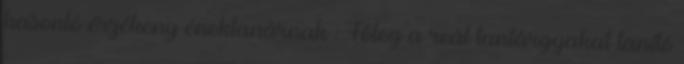
hasonló érzékeny énektanárnak : Főleg a reál tantárgyakat tanító